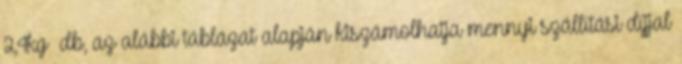
2,4kg db, az alábbi táblázat alapján kiszámolhatja mennyi szállítási díjjal